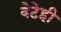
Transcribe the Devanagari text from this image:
बेटेही